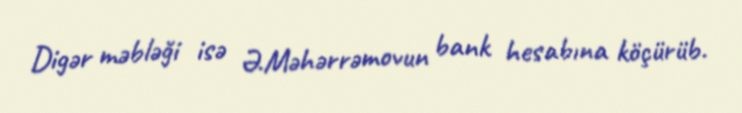
Digər məbləği isə Ə.Məhərrəmovun bank hesabına köçürüb.